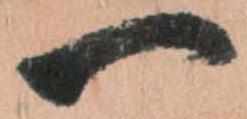
一